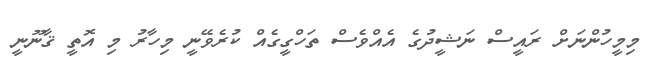
މިމީހުންނަށް ރައީސް ނަޝީދުގެ އެއްވެސް ތަހްގީގެއް ކުރެވޭނީ މިހާރު މި އޮތީ ޤާނޫނީ